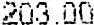
203.00